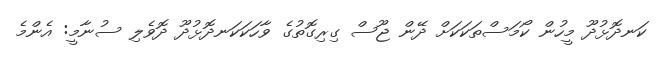
ކަނދޮޅުދޫ މީހުން ކޯމަސްތަކަކަށް ދޭން ޖޫސް ގިރިގޮތުގެ ވާހަކަކަނދޮޅުދޫ ދޮވެލި ސުނާމީ: އެންމެ